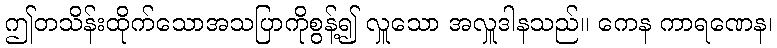
ဤတသိန်းထိုက်သောအသပြာကိုစွန့်၍ လှူသော အလှူဒါနသည်။ ကေန ကာရဏေန၊